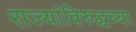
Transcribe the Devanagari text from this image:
राज्यांविरुद्धच्या